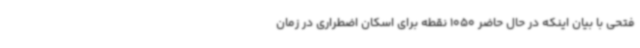
فتحی با بیان اینکه در حال حاضر 1050 نقطه برای اسکان اضطراری در زمان